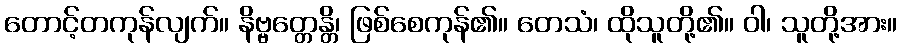
တောင့်တကုန်လျက်။ နိဗ္ဗတ္တေန္တိ၊ ဖြစ်စေကုန်၏။ တေသံ၊ ထိုသူတို့၏။ ဝါ၊ သူတို့အား။